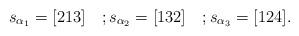
LaTeX: \begin{align*}s_{\alpha_1}=[213] \quad; s_{\alpha_2}=[132] \quad; s_{\alpha_3}=[124].\end{align*}